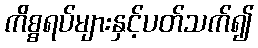
ကိစ္စရပ်များနှင့်ပတ်သက်၍